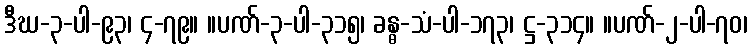
ဒီဃ-၃-ပါ-၉၃၊ ၄-၇၉။ ။ပဏ်-၃-ပါ-၃၁၅၊ ခန္ဓ-သံ-ပါ-၁၇၃၊ ဋ္ဌ-၃၁၄။ ။ပဏ်-၂-ပါ-၇၀၊